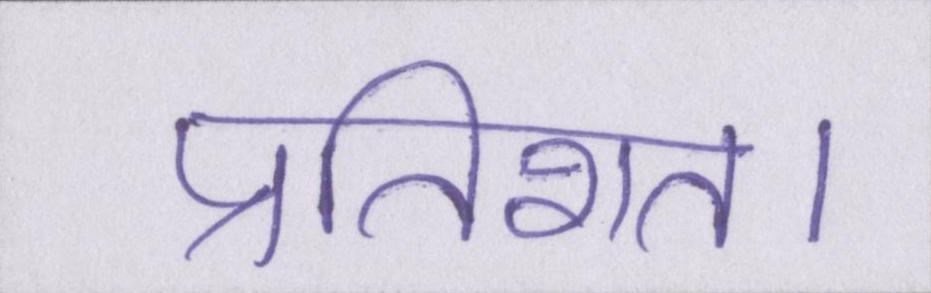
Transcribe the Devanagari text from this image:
प्रतिशत।